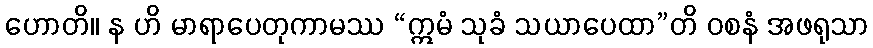
ဟောတိ။ န ဟိ မာရာပေတုကာမဿ “ဣမံ သုခံ သယာပေထာ”တိ ဝစနံ အဖရုသာ